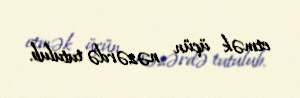
etmək üçün nəzərdə tutulub.